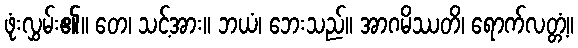
ဖုံးလွှမ်း၏။ တေ၊ သင့်အား။ ဘယံ၊ ဘေးသည်။ အာဂမိဿတိ၊ ရောက်လတ္တံ့။